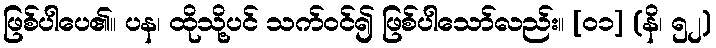
ဖြစ်ပါပေ၏။ ပန၊ ထိုသို့ပင် သက်ဝင်၍ ဖြစ်ပါသော်လည်း။ [၀၁] (နိ၊ ၅၂)